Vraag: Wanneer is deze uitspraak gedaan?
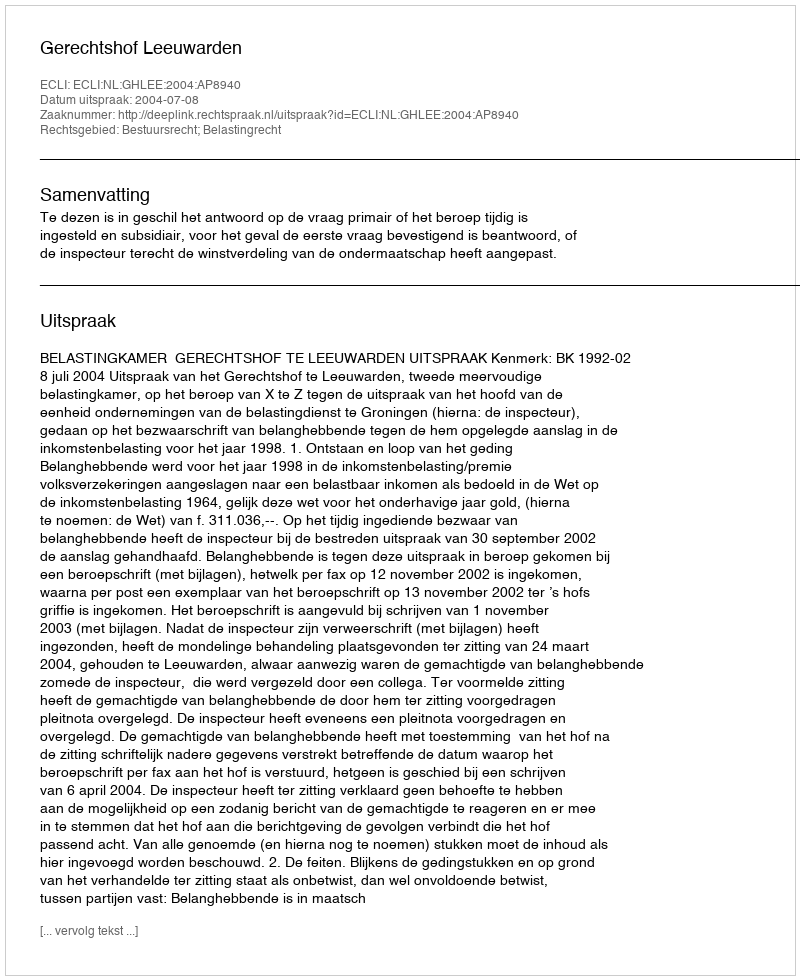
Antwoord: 2004-07-08